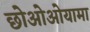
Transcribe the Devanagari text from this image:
छोओओयामा